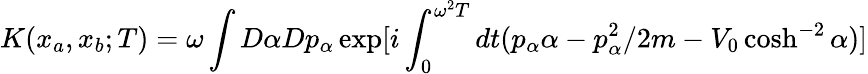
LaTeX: K(x_{a},x_{b};T)=\omega\int D\alpha Dp_{\alpha}\exp[i\int_{0}^{\omega^{2}T}dt(p_{\alpha}\alpha-p_{\alpha}^{2}/2m-V_{0}\cosh^{-2}\alpha)]